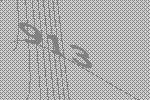
913